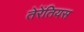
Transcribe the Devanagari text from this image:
तेरेंतियस